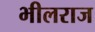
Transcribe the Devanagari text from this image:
भीलराज